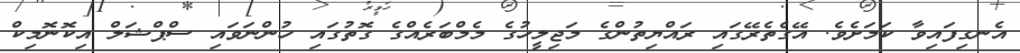
އެނގިފައިވާ ކަަމަށެވެ. އޭގެތެރޭގައި ރައްޔިތުންގެ މަޖިލީހުގެ މެމްބަރެއްގެ ގޮތުގައި ހުންނަވައި ސްޕްޝަލް އިކޮނޮމިކް